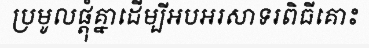
ប្រមូលផ្តុំគ្នាដើម្បីអបអរសាទរពិធីគោះ